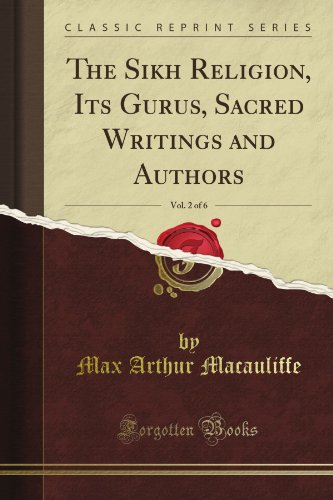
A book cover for The Sikh Religion, Its Gurus, Sacred Writings and Authors, Vol. 2 of 6 (Classic Reprint); Max Arthur Macauliffe; Religion & Spirituality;